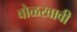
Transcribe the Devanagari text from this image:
वोळखावी